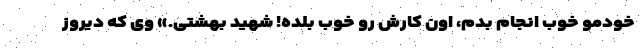
خودمو خوب انجام بدم، اون کارش رو خوب بلده! شهید بهشتی.» وی که دیروز